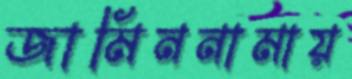
জামিননামায়